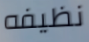
نظيفه